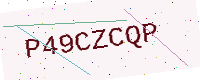
Text: P49CZCQP